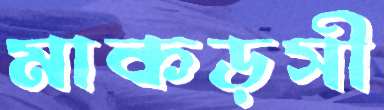
মাকড়সী